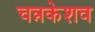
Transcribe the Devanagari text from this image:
चन्नकेशव